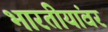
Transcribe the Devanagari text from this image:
भारतीयांवर